Civil Veterinary Department. Central Provinces & Berar 1932-41 - 1932-1941
Year: 1932
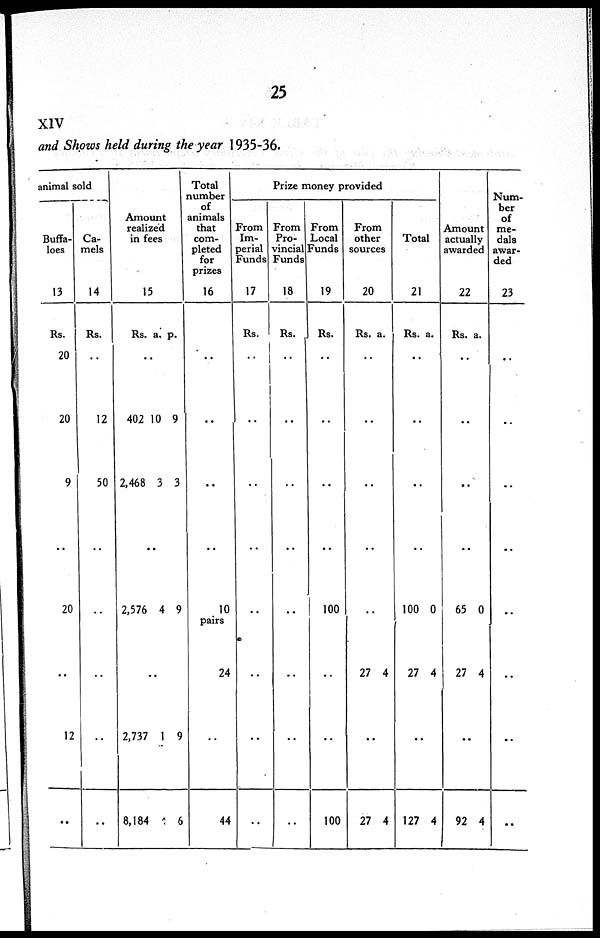
25
XIV
and Shows held during the year 1935-36.
animal sold
Buffa-
loes
13
Rs.
20
20
9
..
20
..
12
..
Ca-
mels
14
Rs.
..
12
50
..
..
..
..
..
Amount
realized
in fees.
15
Rs. a. p.
..
402
2,468
10
3
9
3
..
2,576 4 9
..
2,737
8,184
1 9
6
Total
number
of
animals
that
com-
pleted
for
prizes
16
..
..
..
..
10
pairs
24
44
Prize money provided
From
Im-
perial
Funds
17
Rs.
..
..
..
..
..
..
..
..
From
Pro-
vincial
Funds
18
Rs. 1
..
..
..
..
..
..
..
From
Local
Funds
19
Rs.
..
..
..
..
100
..
100
From
other
sources
20
Rs. a.
..
..
..
..
..
27 4
..
27 4
Total
21
Rs. a.
..
..
..
..
100
27
0
4
..
127 4
Amount
actually
awarded
22
Rs. a.
..
..
..
..
65
27
0
4
..
92 4
Num-
ber
of
me-
dals
awar-
ded
23
..
..
..
..
..
..